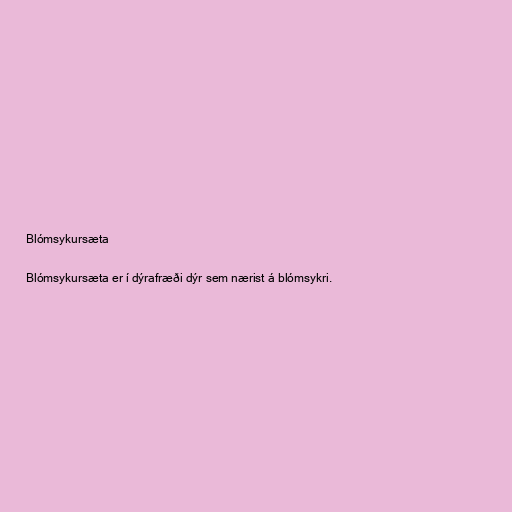
Blómsykursæta

Blómsykursæta er í dýrafræði dýr sem nærist á blómsykri.